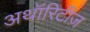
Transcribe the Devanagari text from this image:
अथॉरिटीज़